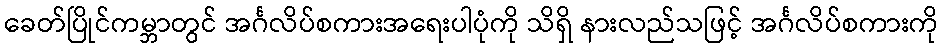
ခေတ်ပြိုင်ကမ္ဘာတွင် အင်္ဂလိပ်စကားအရေးပါပုံကို သိရှိ နားလည်သဖြင့် အင်္ဂလိပ်စကားကို